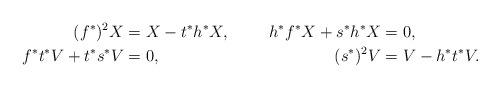
LaTeX: \begin{align*}(f^{\ast})^{2}X&=X-t^{\ast}h^{\ast}X, & h^{\ast}f^{\ast}X+s^{\ast}h^{\ast}X&=0, \\f^{\ast}t^{\ast}V+t^{\ast}s^{\ast}V&=0, & (s^{\ast})^{2}V&=V-h^{\ast}t^{\ast}V.\end{align*}